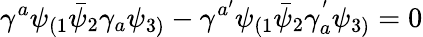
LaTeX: \gamma^{a}\psi_{(1}\bar{\psi}_{2}\gamma_{a}\psi_{3)}-\gamma^{a^{\prime}}\psi_{(1}\bar{\psi}_{2}\gamma_{a}^{'}\psi_{3)}=0